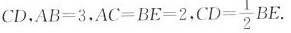
CD，$$A B = 3$$，$$A C = B E = 2$$,$$C D = \frac { 1 } { 2 } B E.$$